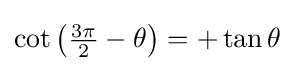
\cot \left({\tfrac {3\pi }{2}}-\theta \right)=+\tan \theta